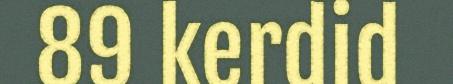
89 kerdid